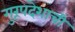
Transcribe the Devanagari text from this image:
गुरूपदेशाची